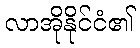
လာအိုနိုင်ငံ၏